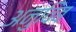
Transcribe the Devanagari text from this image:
अनुविंब